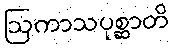
ဩကာသပုစ္ဆာတိ